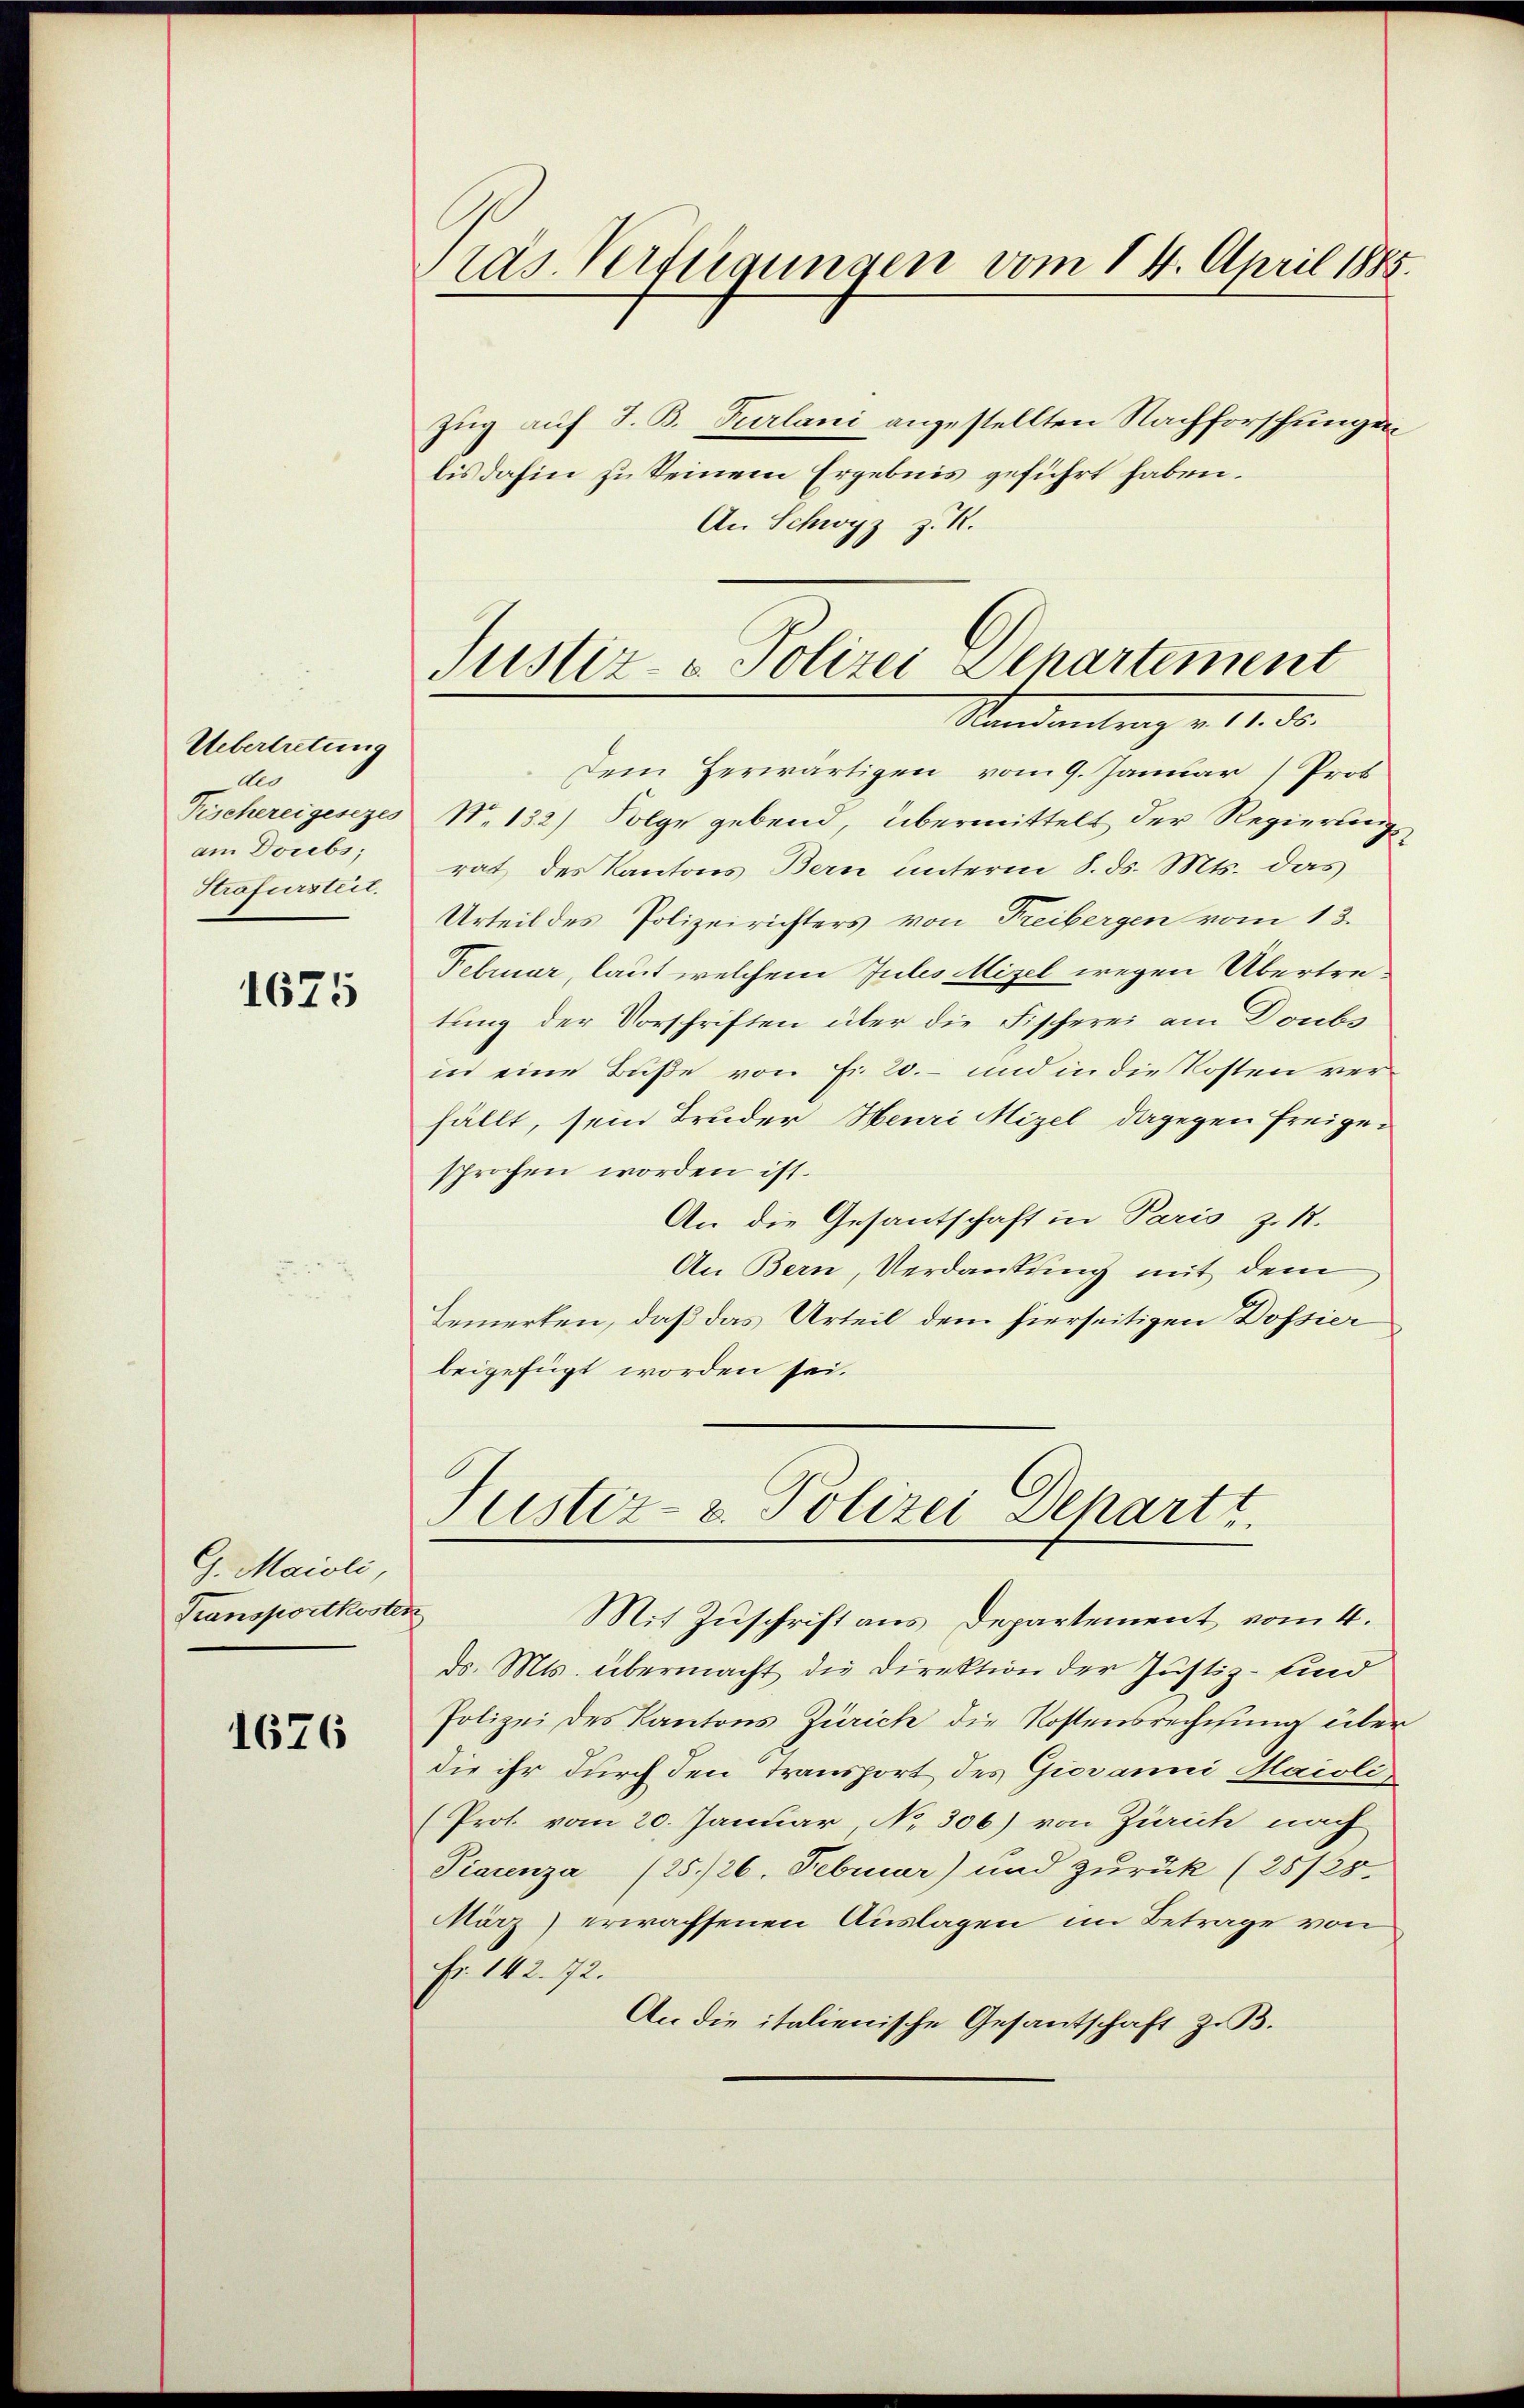
Uebertretung
deo
am Dorebs,
Strafursteit.

1675

G. Maioli,
Transportkoste.

1676

Pras. Verfügungen vom 14. April 1885.

Dem Herwärtigen vom 9. Januar (Prof
Fischereigesezes N. 132) Folge gebend, übermittelt der Regierung
rat des Kantons Bern unterm 8. ds. Mts. das
Urteil des Polizeirichters von Freibergen vom 13.
Februar, laut welchem Jules Mizel wegen Übertretung der Vorschriften über die Fischerei am Doubs
in eine Buße von Fr. 20. und in die Kosten verfällt, sein Bruder Heuri Mizel dagegen freigesprochen worden ist.
An die Gesantschaft in Paris z. 17.
An Bern, Verdankung mit dem
Bemerken, daß das Urteil dem hierseitigen Dossier
beigefügt worden sei.

Zug auf S. B. Purlani angestellten Nachforschungen
bis dahin zu seinem Ergebnis geführt haben.
An Schwyz z. R.

Justiz- & Polizei Departement
Randantrag v. 11. d.

Justiz- & Polizei Dechart.

1
Mit Zuschrift aus Departement vom 4.
ds. Mts. übermacht die Direktion der Justiz - sind
Polizei des Kantons Zürich die Kostensrechnung über
die ihr durch den Transport des Giovanni Maioli
(Prot. vom 20. Januar No. 306) von Zürich nach
Piacenza (25./26. Februar) und zurück (25/25.
März) erwachsenen Auslagen im Betrage von
Fr. 142. 72.
An die italienische Gesantschaft z. B.